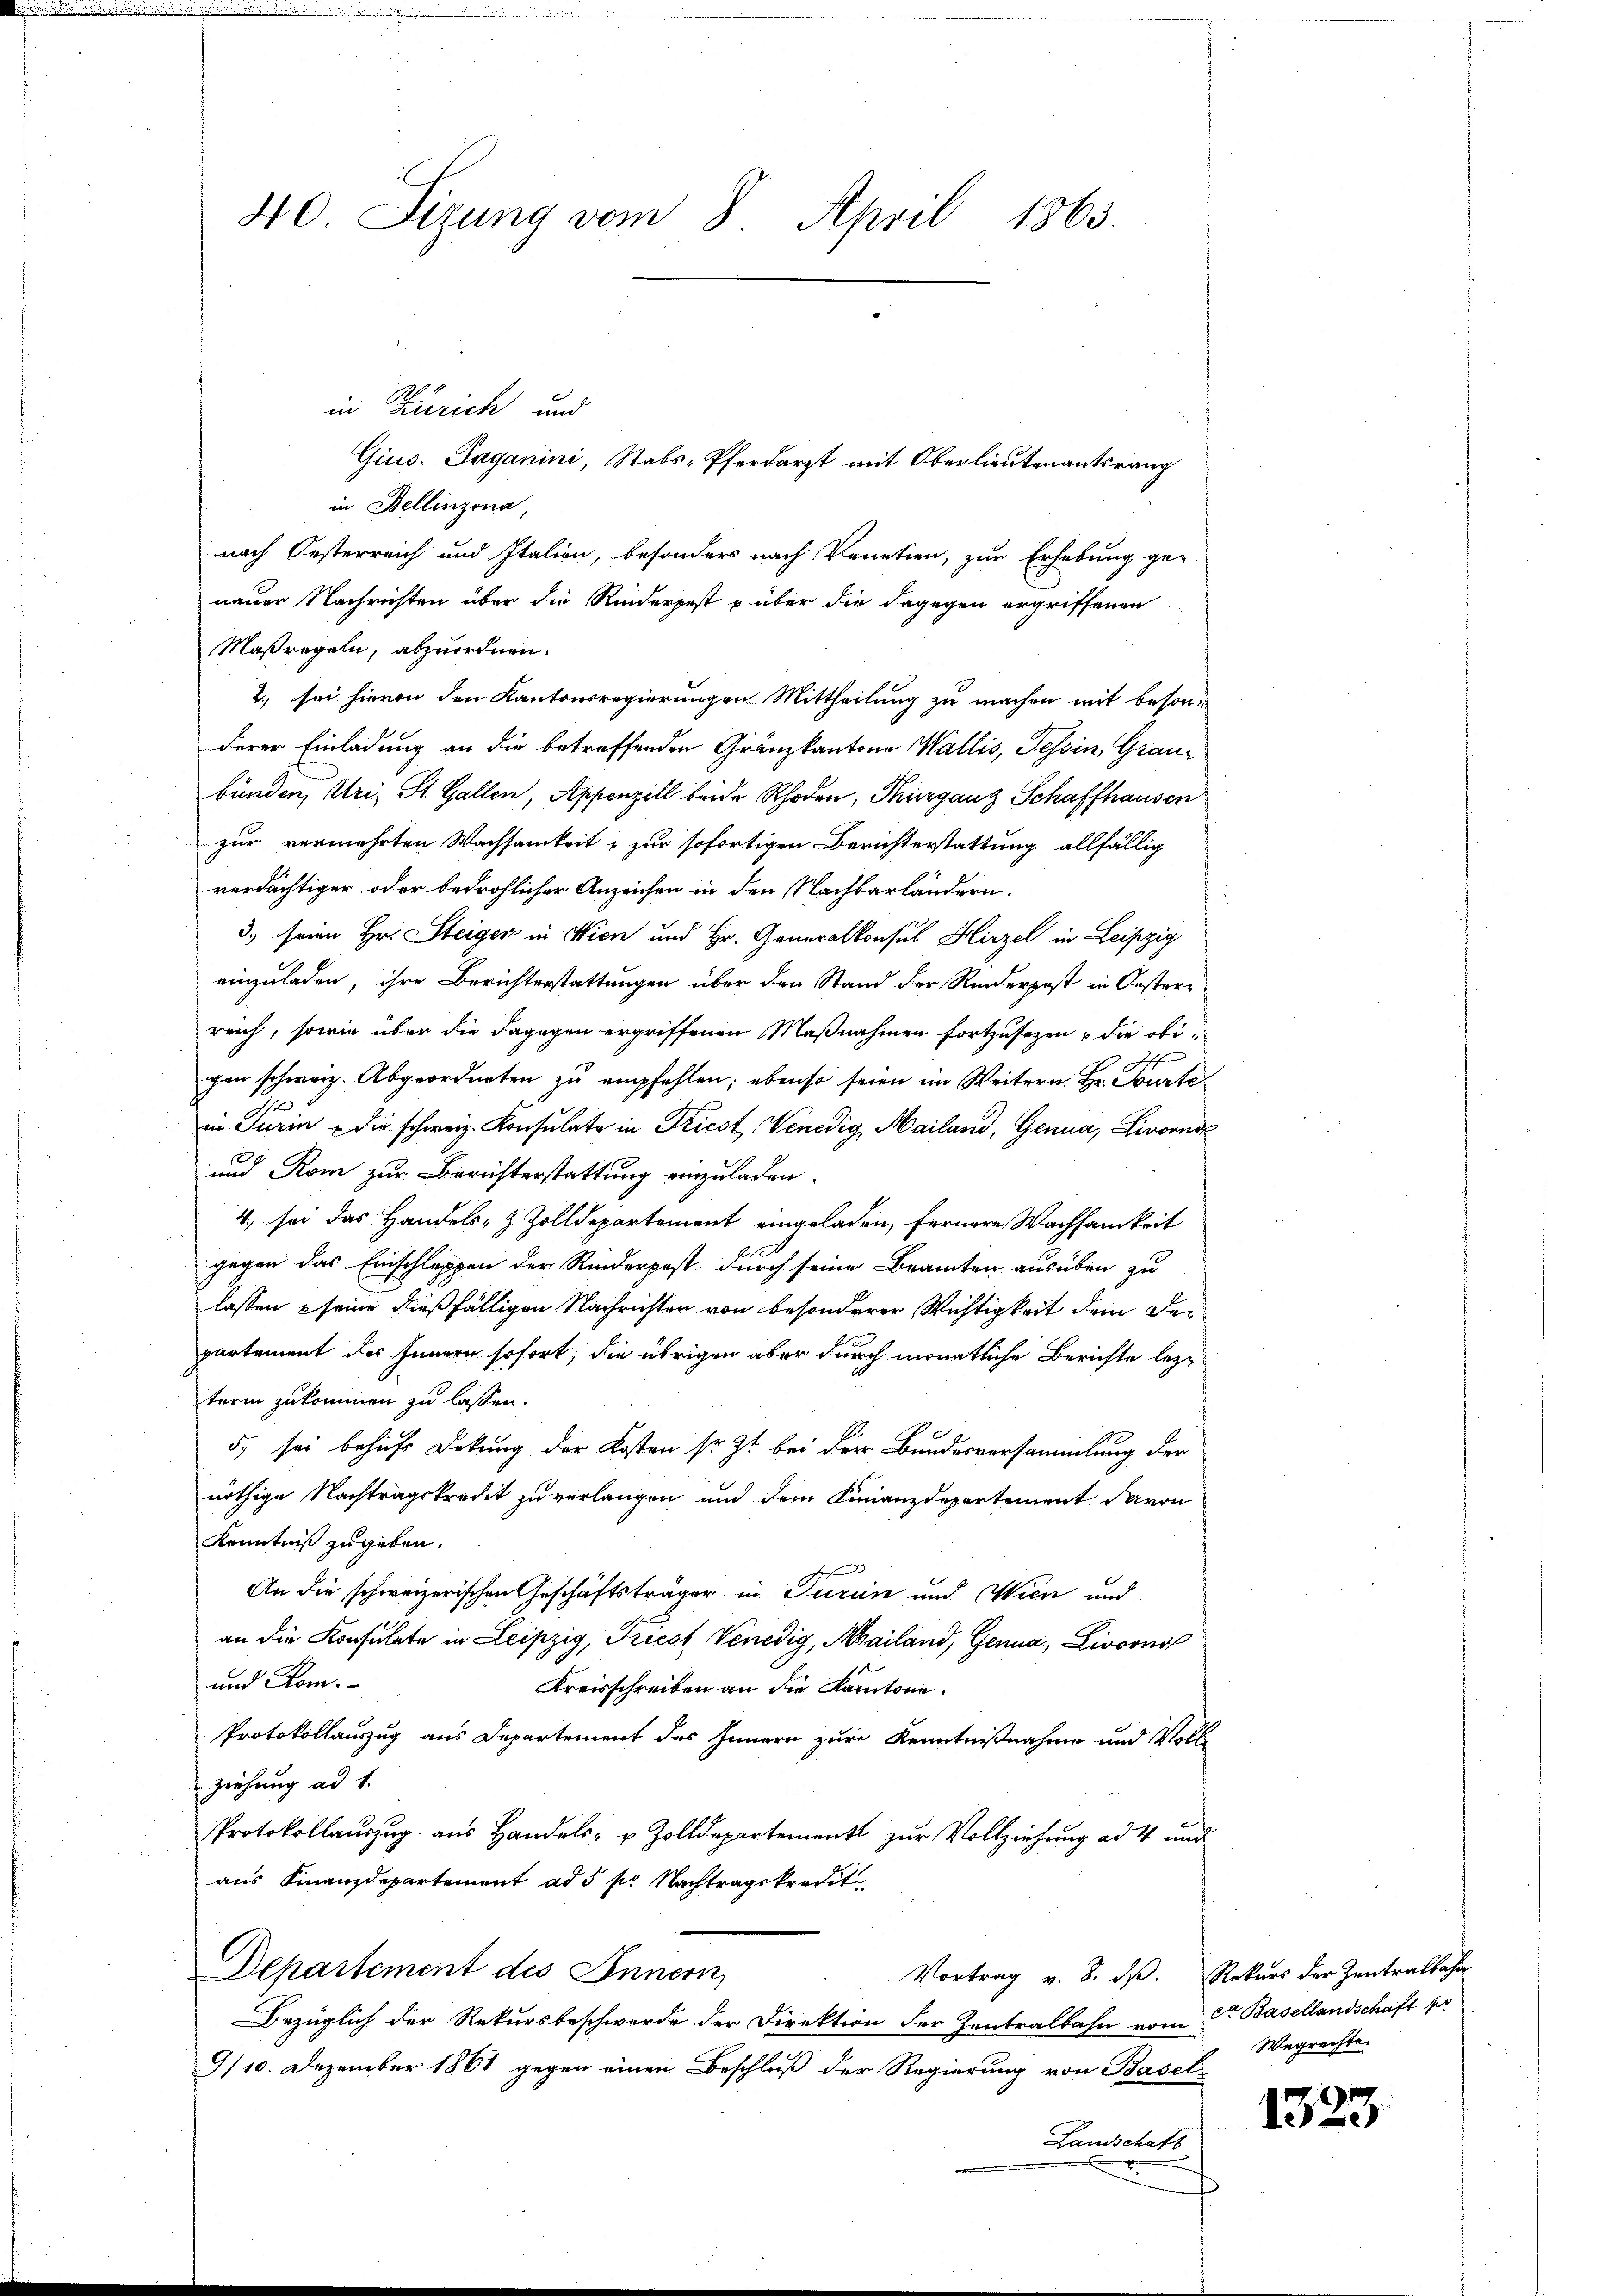
40. Sizung vom 8. April 1863.

in Zürich und
Gius. Paganini, Stabs-Pferdarzt mit Oberlieutenantsrang
in Bellinzona,
nach Oesterreich und Italien, besonders nach Venetien, zur Erhebung ge-
neuer Nachrichten über die Reiderpest p über die dagegen ergriffenen
Maßregeln, abzuordnen.
2., sei hievon den Kantonsregierungen Mittheilung zu machen mit besonderer Einladung an die betreffenden Gränzkantone Wallis, Tessin, Graubunden, Uri, St. Gallen, Appenzell beide Rhoden, Thurgauz, Schaffhausen
zur vermehrten Wachsamkeit & zur sofortigen Berichterstattung, allfällig
verdächtiger oder bedrohlicher Anzeichen in den Nachbarländern.
3. seine Hr. Steiger in Wien und Hr. Generalkonsul Hirzel in Leipzig
einzuladen, ihre Berichterstattungen über den Stand der Reiderpost in Oester-
reich, sowie über die dagegen ergriffenen Maßnahmen fortzusezen u die obi¬
.
in Turin - die schweiz. Konsulate in Friest Venedig, Mailand, Genua, Livorne
und Rom zur Berichterstattung einzuladen.
4., sei das Handels- & Zolldepartement eingeladen, fernere Wachsamkeit
gegen das Einschlappen der Riederpost durch seine Beamten ausüben zu
lassen seine dießfälligen Nachrichten von besonderer Wichtigkeit dem Departement des Innern sofort, die übrigen aber durch monatliche Berichte lezterm zukommen zu lassen.
5. sei behufs Dekung der Kosten sr. Zt. bei der Bundesversammlung der
nöthige Nachtragskredit zu verlangen und dem Finanzdepartement davon
Kenntniß zugeben.
An die schweizerischen Geschäftsträger in Turin und Wien und
an die Konsulate in Leipzig, Friest Venedig, Schailand, Genua, Livorno
und Rom.
Kreisschreiben an die Kantone.
Protokollauszug aus Departement des Innern zur Kenntnißnahme und Voll
Ziehung ad 1.
Protokollaŭszŭg aŭs Handels- u Zolldepartement zŭr Vollziehung ad 4 und
aus Finanzdepartement ad 5 pr. Nachtragskredit
Departement des Innern,
Vortrag v. 8. dß. Rekurs der Zentralbahn
Bezüglich der Rekursbeschwerde der Direktion der Zentralbahn vom 6ten Basellandschaft pr
I/10. Dezember 1861 gegen einen Beschluß der Regierung von Basel-
Landschaft

Wegrechte.

1323